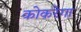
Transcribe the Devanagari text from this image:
कोकरेगा